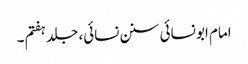
امام ابو نسائی سنن نسائی، جلد ہفتم ۔